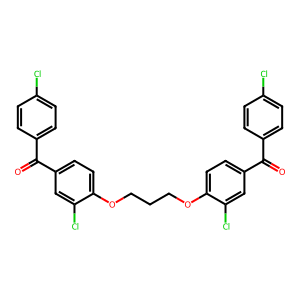
SMILES: O=C(c1ccc(Cl)cc1)c1ccc(OCCCOc2ccc(C(=O)c3ccc(Cl)cc3)cc2Cl)c(Cl)c1
Inhibits HIV replication: No